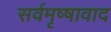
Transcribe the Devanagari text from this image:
सर्वमृष्षावाद